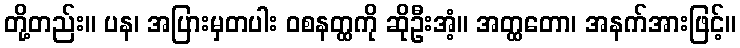
တို့တည်း။ ပန၊ အပြားမှတပါး ဝစနတ္ထကို ဆိုဦးအံ့။ အတ္ထတော၊ အနက်အားဖြင့်။